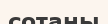
сотаны